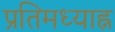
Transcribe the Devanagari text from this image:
प्रतिमध्याह्न